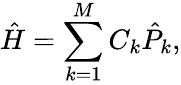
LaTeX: \hat{H}=\sum_{k=1}^{M}C_{k}\hat{P}_{k},